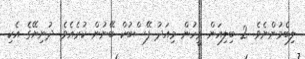
ލިބެމުންނެވެ. 2 ބިލިއަން މީހުން މިއަދު ފޭސްބުކް ބޭނުން ކުރެއެވެ. ދުނިޔޭގެ އެކި